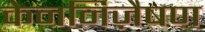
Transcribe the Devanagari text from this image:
केननिज़ैषण